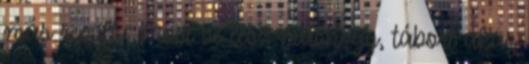
más repült : Most se lesz máshogy, tábort akar